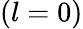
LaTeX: (l=0)